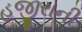
હજીરાની